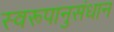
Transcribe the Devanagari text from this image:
स्वरूपानुसंधान